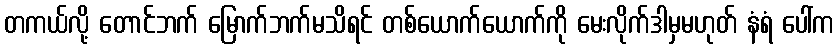
တကယ်လို့ တောင်ဘက် မြောက်ဘက်မသိရင် တစ်ယောက်ယောက်ကို မေးလိုက်ဒါမှမဟုတ် နံရံ ပေါ်က